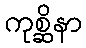
ကုစ္ဆိနာ